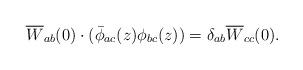
LaTeX: \begin{align*}\overline{W}_{ab}(0)\cdot (\bar{\phi }_{ac}(z)\phi _{bc}(z))=\delta_{ab} \overline{W}_{cc}(0). \end{align*}